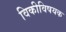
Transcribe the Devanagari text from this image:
विकीविषयक